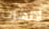
أظهرت